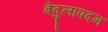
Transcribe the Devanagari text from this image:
बेदुलापदम